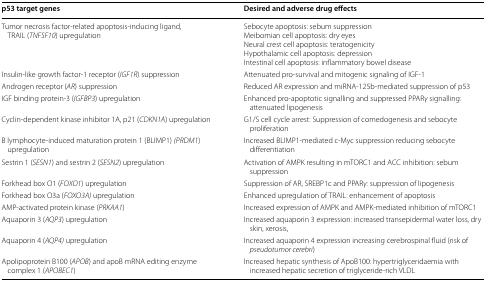
<table><thead><tr><td><b>p53 target genes</b></td><td><b>Desired and adverse drug effects</b></td></tr></thead><tbody><tr><td>Tumor necrosis factor-related apoptosis-inducing ligand, TRAIL (<i>TNFSF10</i>) upregulation</td><td>Sebocyte apoptosis: sebum suppressionMeibomian cell apoptosis: dry eyesNeural crest cell apoptosis: teratogenicityHypothalamic cell apoptosis: depressionIntestinal cell apoptosis: inflammatory bowel disease</td></tr><tr><td>Insulin-like growth factor-1 receptor (<i>IGF1R</i>) suppression</td><td>Attenuated pro-survival and mitogenic signaling of IGF-1</td></tr><tr><td>Androgen receptor (<i>AR</i>) suppression</td><td>Reduced AR expression and miRNA-125b-mediated suppression of p53</td></tr><tr><td>IGF binding protein-3 (<i>IGFBP3</i>) upregulation</td><td>Enhanced pro-apoptotic signalling and suppressed PPAR<i>γ</i> signalling: attenuated lipogenesis</td></tr><tr><td>Cyclin-dependent kinase inhibitor 1A, p21 (<i>CDKN1A</i>) upregulation</td><td>G1/S cell cycle arrest: Suppression of comedogenesis and sebocyte proliferation</td></tr><tr><td>B lymphocyte-induced maturation protein 1 (BLIMP1) <i>(PRDM1</i>) upregulation</td><td>Increased BLIMP1-mediated c-Myc suppression reducing sebocyte differentiation</td></tr><tr><td>Sestrin 1 (<i>SESN1</i>) and sestrin 2 (<i>SESN2</i>) upregulation</td><td>Activation of AMPK resulting in mTORC1 and ACC inhibition: sebum suppression</td></tr><tr><td>Forkhead box O1 (<i>FOXO1</i>) upregulation</td><td>Suppression of AR, SREBP1c and PPAR<i>γ</i>: suppression of lipogenesis</td></tr><tr><td>Forkhead box O3a (<i>FOXO3A)</i> upregulation</td><td>Enhanced upregulation of TRAIL: enhancement of apoptosis</td></tr><tr><td>AMP-activated protein kinase (<i>PRKAA1</i>)</td><td>Increased expression of AMPK and AMPK-mediated inhibition of mTORC1</td></tr><tr><td>Aquaporin 3 (<i>AQP3</i>) upregulation</td><td>Increased aquaporin 3 expression: increased transepidermal water loss, dry skin, xerosis,</td></tr><tr><td>Aquaporin 4 (<i>AQP4)</i> upregulation</td><td>Increased aquaporin 4 expression increasing cerebrospinal fluid (risk of <i>pseudotumor cerebri</i>)</td></tr><tr><td>Apolipoprotein B100 (<i>APOB</i>) and apoB mRNA editing enzyme complex 1 (<i>APOBEC1</i>)</td><td>Increased hepatic synthesis of ApoB100: hypertriglyceridaemia with increased hepatic secretion of triglyceride-rich VLDL</td></tr></tbody></table>